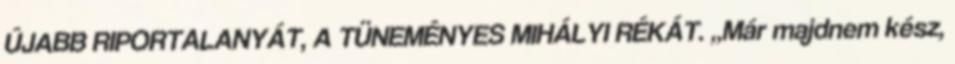
ÚJABB RIPORTALANYÁT, A TÜNEMÉNYES MIHÁLYI RÉKÁT. „Már majdnem kész,